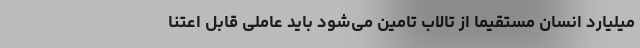
میلیارد انسان مستقیماً از تالاب تامین می‌شود باید عاملی قابل اعتنا